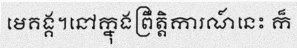
មេគង្គ។នៅក្នុងព្រឹត្តិការណ៍នេះ ក៏